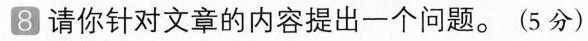
8 请你针对文章的内容提出一个问题。 (5分)